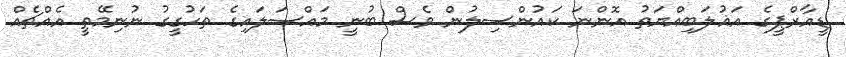
ޑީއާރްޕީގެ އަޣުލަބިއްޔަތު އޮންނަ ކައުންސިލުން ވެސް ބުނީ މައްސަލައިގެ ތަހުގީގު ނުނިމޭތީ އެއްޗެއް